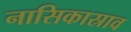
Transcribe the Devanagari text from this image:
नासिकास्राव